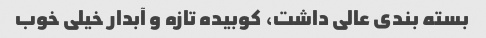
بسته بندی عالی داشت، کوبیده تازه و آبدار خیلی خوب